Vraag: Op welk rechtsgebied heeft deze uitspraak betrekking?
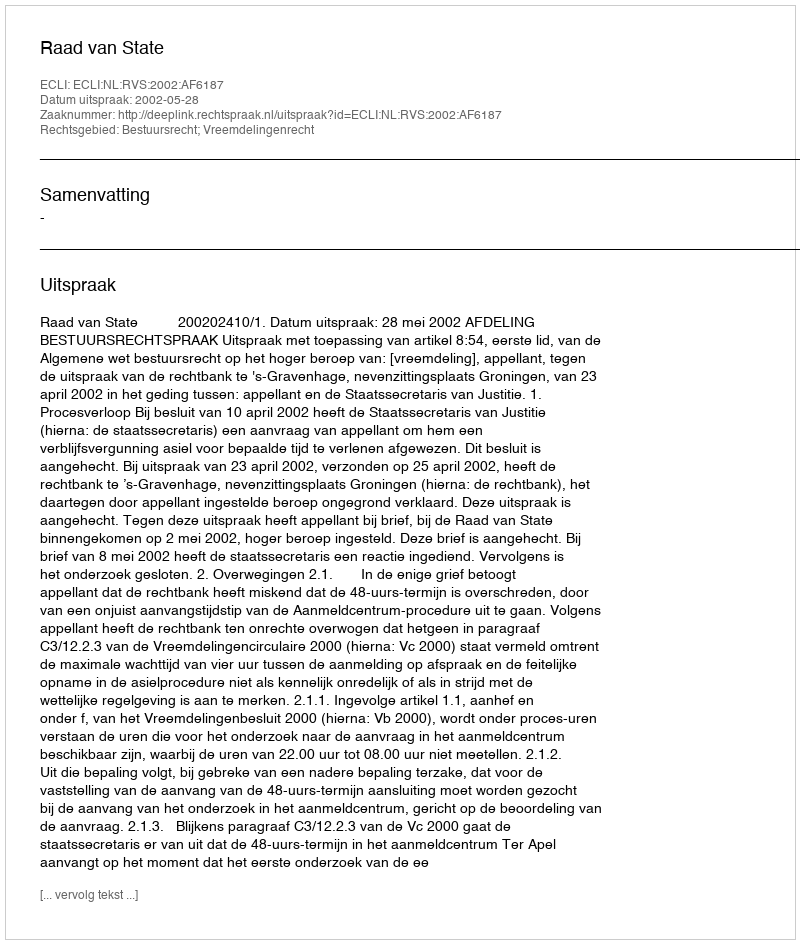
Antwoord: Bestuursrecht; Vreemdelingenrecht